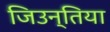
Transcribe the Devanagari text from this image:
जिउन्तिया